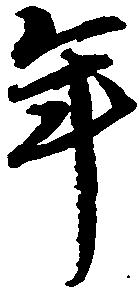
年